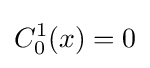
C_{0}^{1}(x)=0